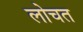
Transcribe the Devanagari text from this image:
लोचत